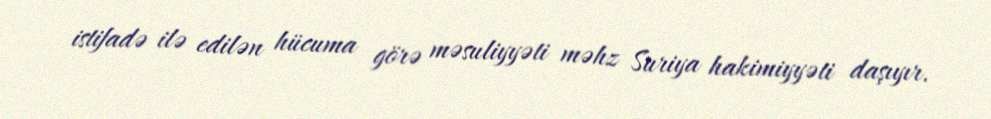
istifadə ilə edilən hücuma görə məsuliyyəti məhz Suriya hakimiyyəti daşıyır.